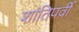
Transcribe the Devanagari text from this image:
शांतिपर्वी